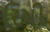
રિષી